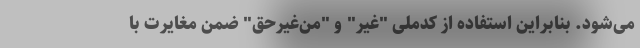
می‌شود. بنابراین استفاده از کدملی "غیر" و "من‌غیرحق" ضمن مغایرت با